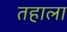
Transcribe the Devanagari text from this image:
तहाला